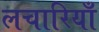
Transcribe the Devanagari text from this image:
लचारियाँ